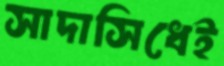
সাদাসিধেই